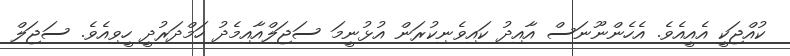
ކުއްޖަކީ އެއީއެވެ. އެހެންނޫނަސް އާއިދު ކައިވެނިކުރަން އުޅުނީމަ ސަޖަލްއާއިމެދު ހަމްދަރުދީ ހީވިއެވެ. ސަޖަލް